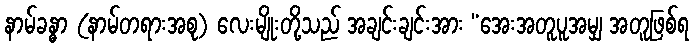
နာမ်ခန္ဓာ (နာမ်တရားအစု) လေးမျိုးတို့သည် အချင်းချင်းအား “အေးအတူပူအမျှ အတူဖြစ်ရ